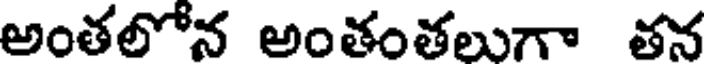
అంతలోన అంతంతలుగా తన